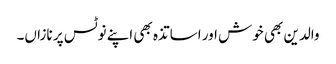
والدین بھی خوش اور اساتذہ بھی اپنے نوٹس پر نازاں۔